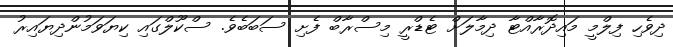
ދިވެހި ފިލްމީ މައިދޮރާއްޓާ ދިމާލަށް ޓެޑްރީ މިސްރާބް ފެށި ސަބަބެވެ. ސްކޫލްގައި ކިޔަވަމުންދިޔައިރު